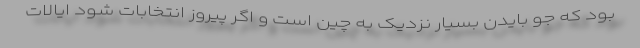
بود که جو بایدن بسیار نزدیک به چین است و اگر پیروز انتخابات شود ایالات